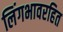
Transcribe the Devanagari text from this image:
लिंगभावरहित